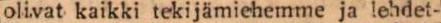
olivat kaikki tekijämiehemme ja lehdet-